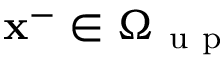
\mathbf { x } ^ { - } \in \Omega _ { \mathrm { ~ u ~ p ~ } }